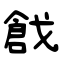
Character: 戧